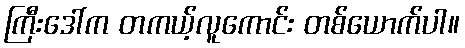
ကြီးဒေါ်က တကယ့်လူကောင်း တစ်ယောက်ပါ။